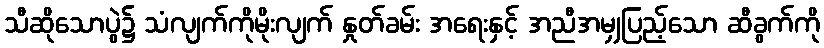
သီဆိုသောပွဲ၌ သံလျက်ကိုမိုးလျက် နှုတ်ခမ်း အရေးနှင့် အညီအမျှပြည့်သော ဆီခွက်ကို